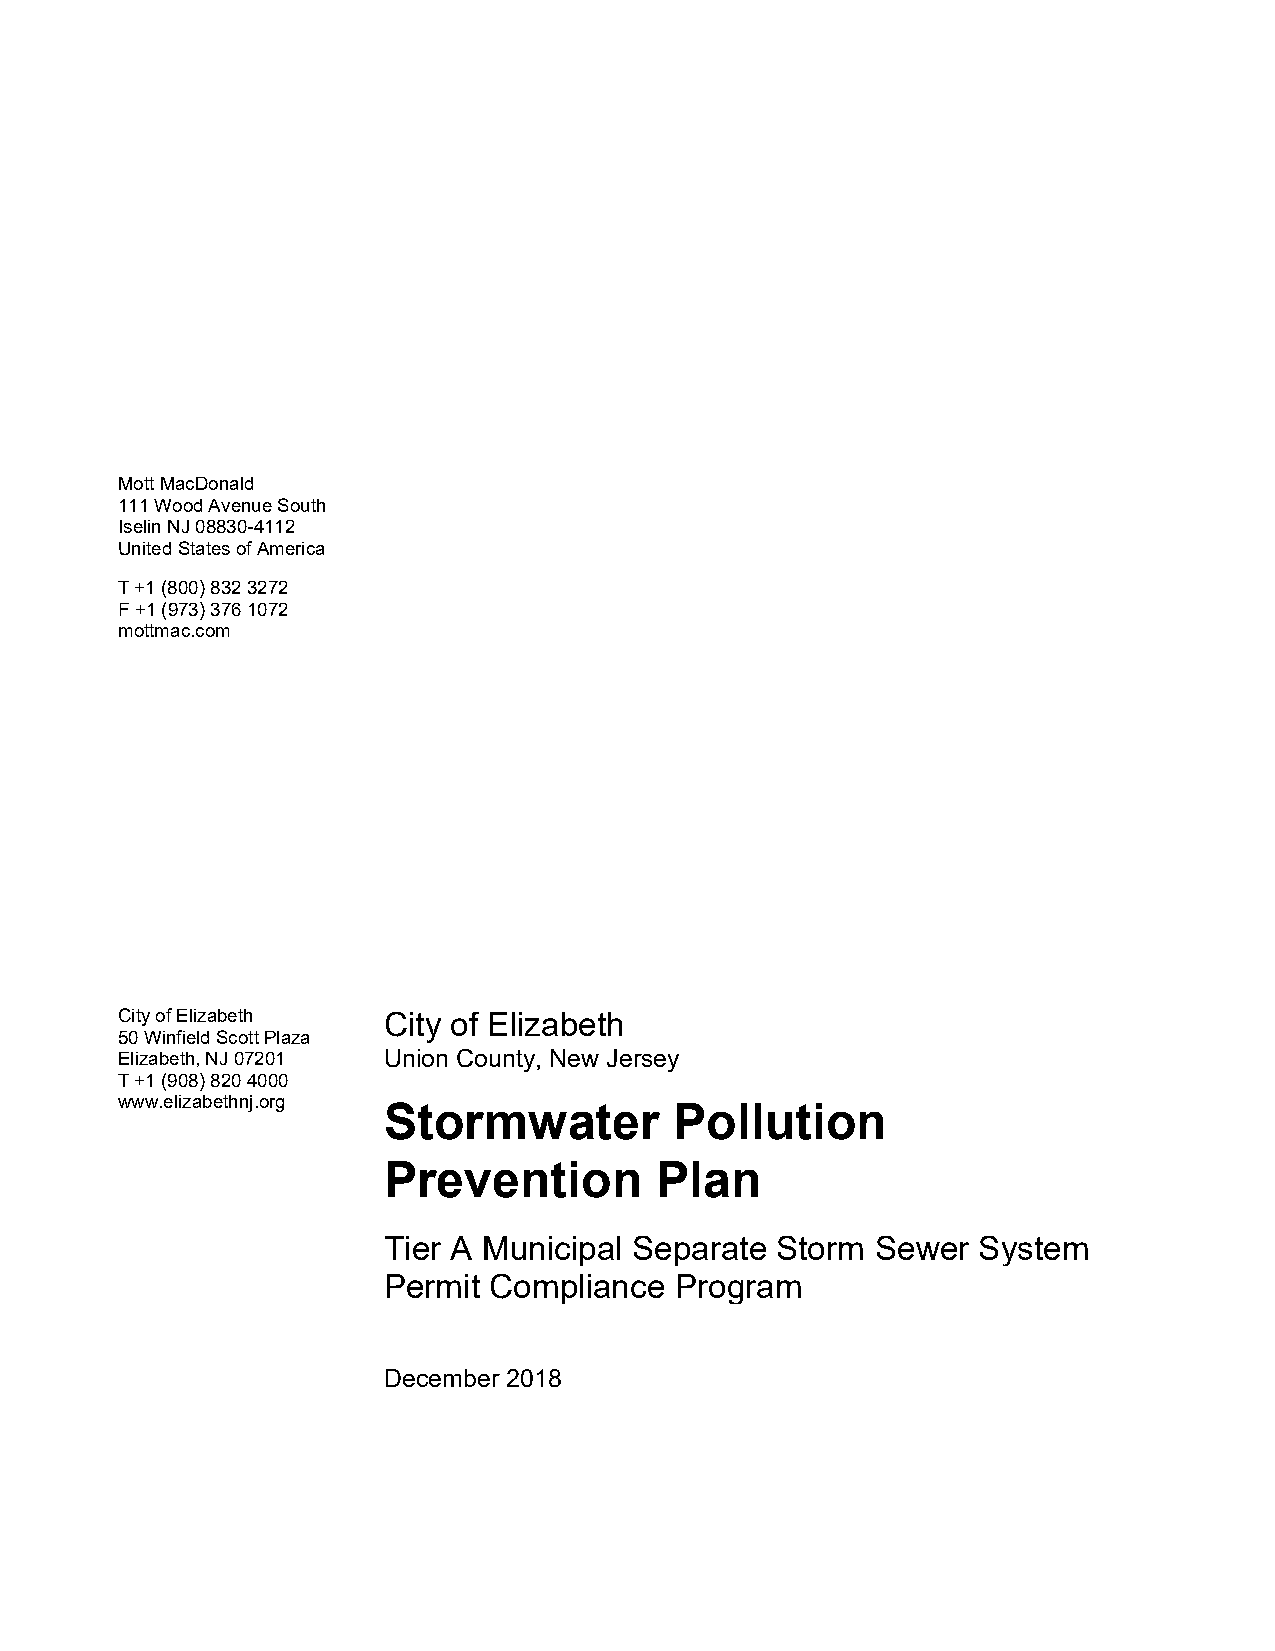
Mott MacDonald
 111 Wood Avenue South
 Iselin NJ 08830-4112
 United States of America
 T +1 (800) 832 3272
 F +1 (973) 376 1072
 mottmac.com
 City of Elizabeth City of Elizabeth
 50 Winfield Scott Plaza
 Elizabeth, NJ 07201 Union County, New Jersey
 T +1 (908) 820 4000                              City of Elizabeth / Union County /
 NJPDES #0151530
 www.elizabethnj.org Stor mwP:\393a564t\SPePPr 20 18P Updoate\3l93l5u64 Eltizaibeoth SnPPP U pdate 2018_V1.docx
 Mott MacDonald
 Prevention        Plan
 Tier A Municipal Separate Storm  Sewer  System
 Permit Compliance   Program
 December 2018